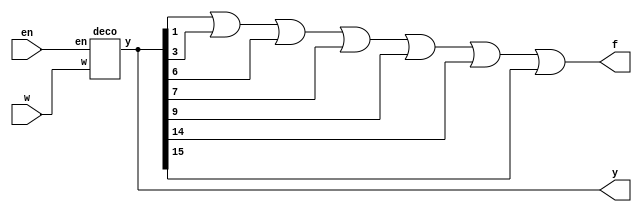
module lab9ex1(w, y, en, f);
	input [3:0]w;
	output [15:0]y;
	input en;
	output f;

	deco stage0(w[3:0], y[15:0], en);
	assign f = y[1]|y[3]|y[6]|y[7]|y[9]|y[14]|y[15];
endmodule

module deco(w, y, en);
	input [3:0]w;
	output [15:0]y;
	input en;
	reg [15:0]y;

	integer i;
	always@(w)
	begin
		if(en==0)
			y=0;
		
		else
		begin
			
			for(i=0; i<16; i=i+1)
			begin
				if(w==i)
					y[i]=1;
				else
					y[i]=0;
			end
		
		end
	end
endmodule